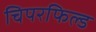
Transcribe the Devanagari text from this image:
चिपरफिल्ड